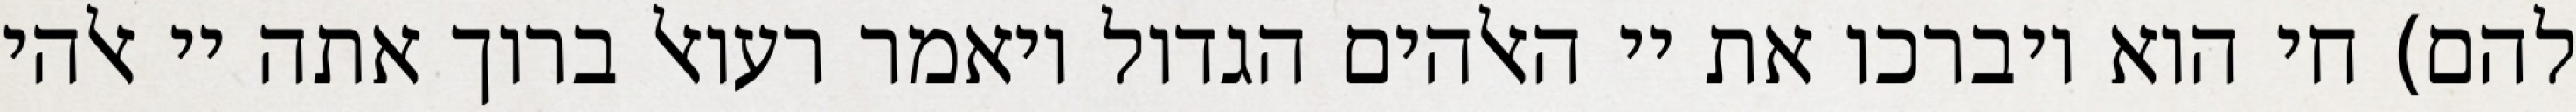
להם) חי הוא ויברכו את יי האלהים הגדול ויאמר רעואל ברוך אתה יי אלהי